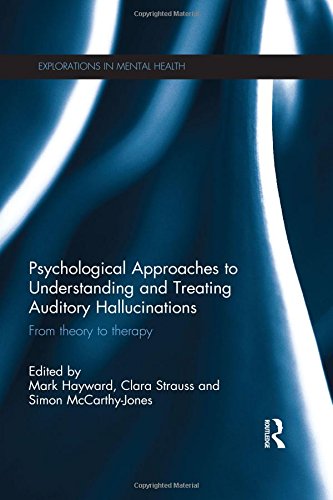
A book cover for Psychological Approaches to Understanding and Treating Auditory Hallucinations: From theory to therapy (Explorations in Mental Health); Health, Fitness & Dieting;